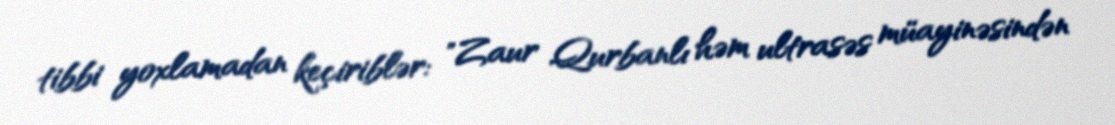
tibbi yoxlamadan keçiriblər: "Zaur Qurbanlı həm ultrasəs müayinəsindən